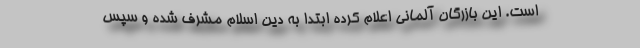
است. این بازرگان آلمانی اعلام کرده ابتدا به دین اسلام مشرف شده و سپس